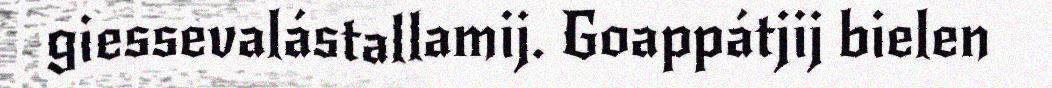
giessevalástallamij. Goappátjij bielen